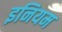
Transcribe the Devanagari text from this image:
इनियम